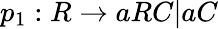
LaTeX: p_{1}:R\rightarrow aRC|aC